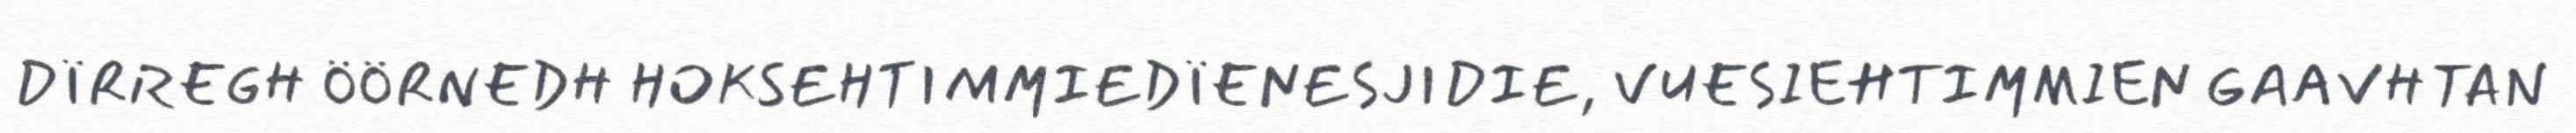
DÏRREGH ÖÖRNEDH HOKSEHTIMMIEDÏENESJIDIE, VUESIEHTIMMIEN GAAVHTAN